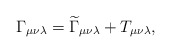
\begin{align*}\Gamma _{\mu \nu \lambda }=\widetilde{\Gamma }_{\mu \nu \lambda }+T_{\mu \nu\lambda }, \end{align*}